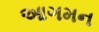
આગમન